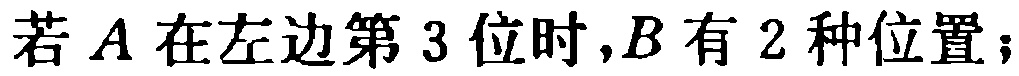
若 \(A\) 在左边第 \(3\) 位时,\(B\) 有 \(2\) 种位置；